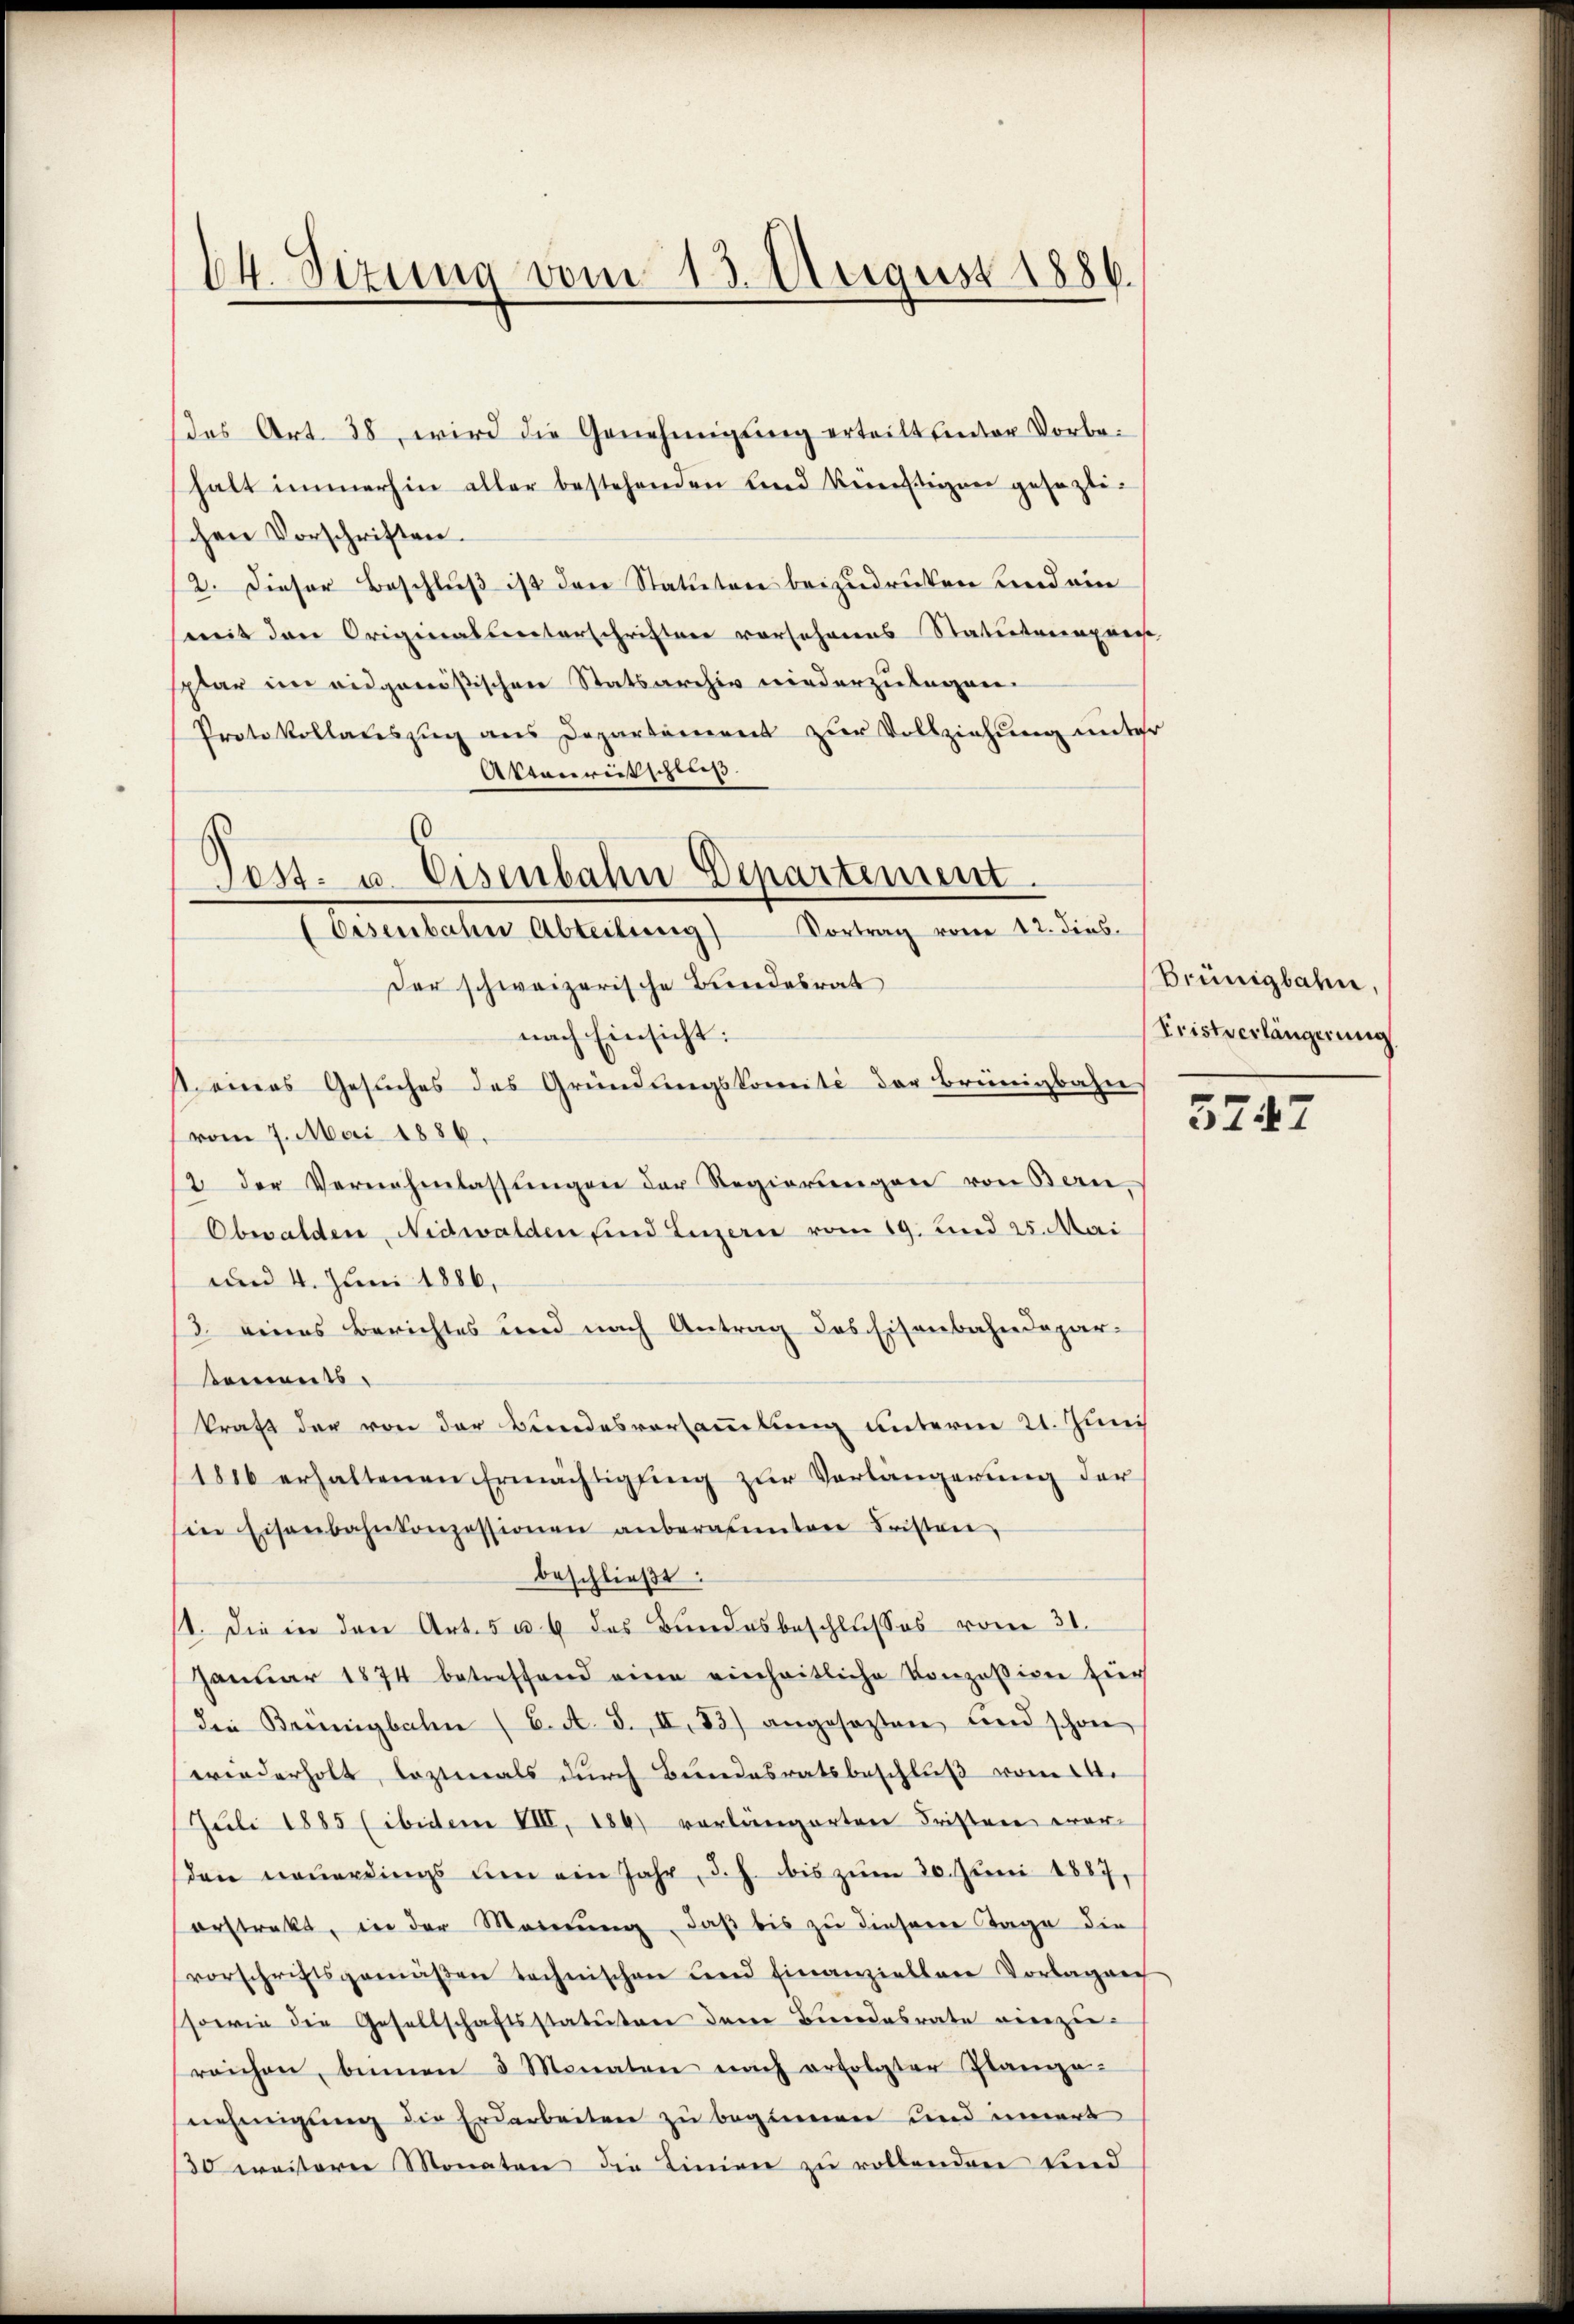
64. Sizung vom 13. August 1886.

des Art. 38, wird die Genehmigung erteilt unter Vorbehalt immerhin aller bestehenden Land Vereitigen gesezlichen Vorschriften.
12. Dieser Beschluß ist den Statuten beizudrücken und ein
weit den Originalsenterschriften vorsehenens Statutarenprest
splar im eidgenößischen Statsarchiv wiederzulagen.
Protokollateszŭg ans Departement zŭr Vollziehŭng unter
Aktenreitschließ
.

Tost- u. Eisenbahn Departement.
Eisenbahn Abteilung Vortrag vom 12. dies.

Der schweizerische Bundesrat
nach Einsicht:
st eines Gesuches des Gründungskomité der Brüngbahn
vom 7. Mai 1886.
2 der Vernehmlassŭngen der Regierŭngen von Bern,
Obwalden, Nidwalden sind Luzern vom 19. Lied 25. Mai
und 4. Juni 1886,
3. eines Berichtes und nach Antrag des Eisenbahndepar-
sements
kraft der von der Bundesversammlung unterm 21. Juni
1816 erhaltenen Ermächtigung zur Verlängerung der
sin Eisenbahnkonzessionen anberasten Fristen,
beschließt:
st. Die in den Art. 5 u. 6 des Bundesbeschlusses vom 31.
Januar 1874 betreffend eine einheitliche Konzession für
die Bennigbahn (6. A. S. II. 83) angesezten und schon
wiederholt, leztmals durch Bundesratsbeschluß vom 14.
Juli 1885 (ibidem VIII, 184) vorlängerten Fristen war
den neŭerdings um ein Jahr, d. h. bis zŭm 30. Juni 1887,
erstrakt, in der Meinŭng, daβ bis zŭ diesem Tage die
vorschriftsgemäβen technischen und finanziellen Vorlagen
sowie die Gesellschaftsstatuten dere Beendesrate vierzeireichen, binnen 3 Monaten nach erfolgter Plange-
nehmigung die Erdarbeiten zu beginnen und innert
30 weiterer Monaten die Linien zu vollenden sind

Brünigbahn.
Fristverlängerung

5247